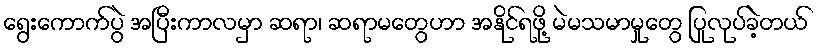
ရွေးကောက်ပွဲ အပြီးကာလမှာ ဆရာ၊ ဆရာမတွေဟာ အနိုင်ရဖို့ မဲမသမာမှုတွေ ပြုလုပ်ခဲ့တယ်